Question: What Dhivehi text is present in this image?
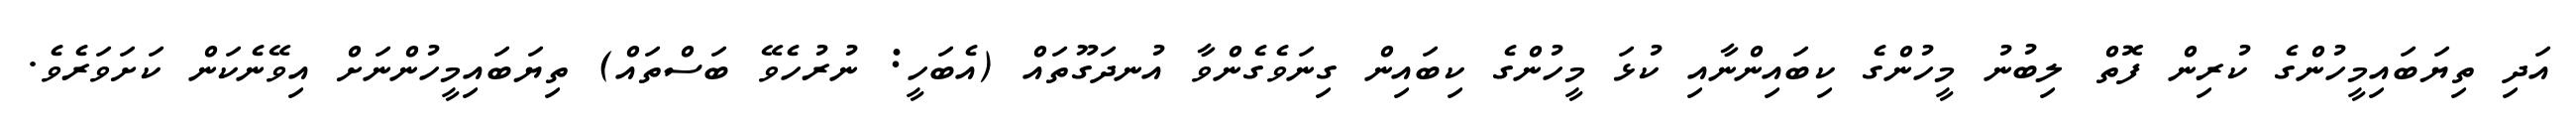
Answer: އަދި ތިޔަބައިމީހުންގެ ކުރިން ފޮތް ލިބުނު މީހުންގެ ކިބައިންނާއި ކުޅަ މީހުންގެ ކިބައިން ގިނަވެގެންވާ އުނދަގޫތައް (އެބަހީ: ނުރުހެވޭ ބަސްތައް) ތިޔަބައިމީހުންނަށް އިވޭނެކަން ކަށަވަރެވެ.